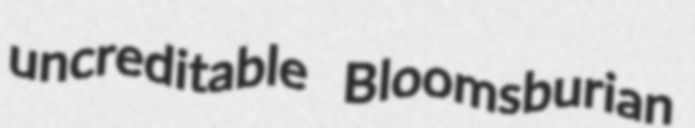
uncreditable Bloomsburian